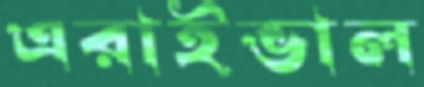
এরাইভাল